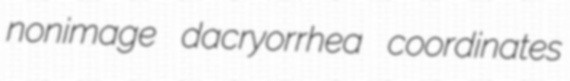
nonimage dacryorrhea coordinates